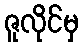
ဇူလိုင်မှ